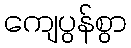
ကျေပွန်စွာ